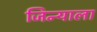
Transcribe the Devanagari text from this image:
जिन्याला